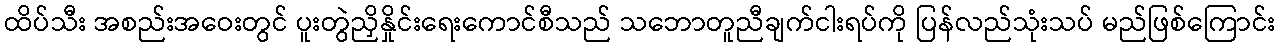
ထိပ်သီး အစည်းအဝေးတွင် ပူးတွဲညှိနှိုင်းရေးကောင်စီသည် သဘောတူညီချက်ငါးရပ်ကို ပြန်လည်သုံးသပ် မည်ဖြစ်ကြောင်း